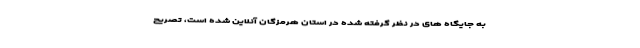
به جایگاه های در نظر گرفته شده در استان هرمزگان آنلاین شده است، تصریح